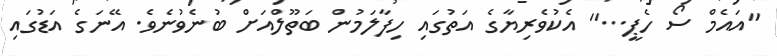
''އައެމް ސޯ ހެޕީ...'' އެކުވެރިޔާގެ އަތުގައި ހިފާލަމުން ބަތޫލްއަށް ބުނެވުނެވެ. އޭނަގެ އަޑުގައި